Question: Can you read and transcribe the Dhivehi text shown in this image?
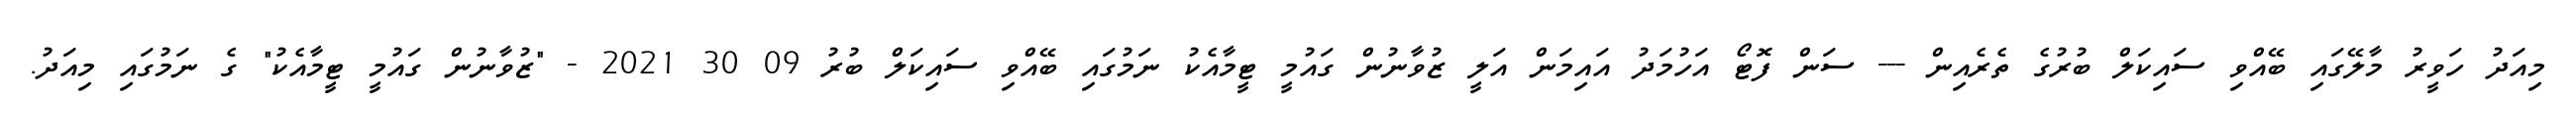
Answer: މިއަދު ހަވީރު މާލޭގައި ބޭއްވި ސައިކަލް ބުރުގެ ތެރެއިން --- ސަން ފޮޓޯ އަހުމަދު އައިމަން އަލީ ޒުވާނުން ގައުމީ ޓީމާއެކު ނަމުގައި ބޭއްވި ސައިކަލް ބުރު 09 30 2021 - "ޒުވާނުން ގައުމީ ޓީމާއެކު" ގެ ނަމުގައި މިއަދު.